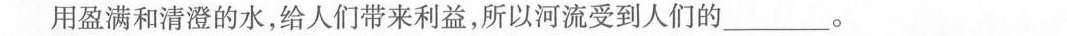
用盈满和清澄的水，给人们带来利益，所以河流受到人们的_____。